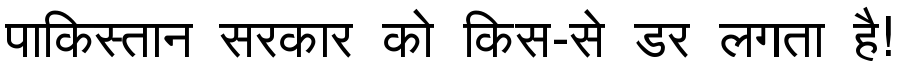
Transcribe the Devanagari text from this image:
पाकिस्तान सरकार को किस-से डर लगता है!